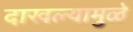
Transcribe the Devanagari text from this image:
दाखल्यामुळे